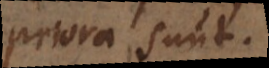
priora sunt.